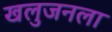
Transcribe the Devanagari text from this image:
खलुजनला